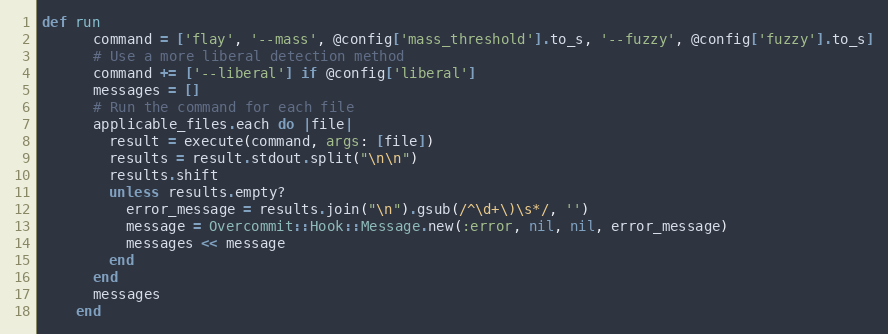
Language: Ruby
def run
      command = ['flay', '--mass', @config['mass_threshold'].to_s, '--fuzzy', @config['fuzzy'].to_s]
      # Use a more liberal detection method
      command += ['--liberal'] if @config['liberal']
      messages = []
      # Run the command for each file
      applicable_files.each do |file|
        result = execute(command, args: [file])
        results = result.stdout.split("\n\n")
        results.shift
        unless results.empty?
          error_message = results.join("\n").gsub(/^\d+\)\s*/, '')
          message = Overcommit::Hook::Message.new(:error, nil, nil, error_message)
          messages << message
        end
      end
      messages
    end